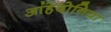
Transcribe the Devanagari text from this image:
आंहेदोनिया